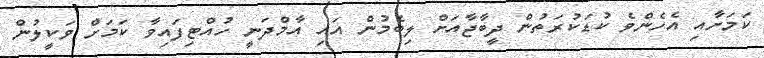
ކަމަށާއި އެހެންވެ ކުޑަކުރަތުން ދީބާޖާއަށް ލިބެމުން އައި އާމްދަނީ ހުއްޓިފައިވާ ކަމަށް ވަކީލުން